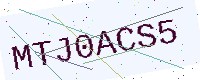
Text: MTJ0ACS5